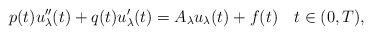
\begin{align*} p(t)u_{\lambda}^{\prime \prime}(t) + q(t)u_{\lambda}^{\prime}(t) =A_{\lambda}u_{\lambda}(t) + f(t) \ \ \ t\in (0,T),\end{align*}